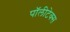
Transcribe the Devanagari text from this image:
पॉलीटेक्स